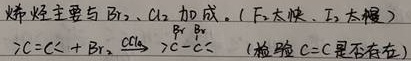
烯烃主要与$\mathrm{Br}_{2}$、$\mathrm{Cl}_{2}$ 加成。（$\mathrm{F}_{2}$太快，$\mathrm{I}_{2}$太慢）
$\mathrm{C}=\mathrm{C} + \mathrm{Br}_{2}\xrightarrow{\mathrm{CCl_{4}}} \overset{\mathrm{Br}}{\overset{|}{\mathrm{C}}}-\overset{\mathrm{Br}}{\overset{|}{\mathrm{C}}}$（检验$\mathrm{C}=\mathrm{C}$是否存在）